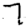
Digit: 7